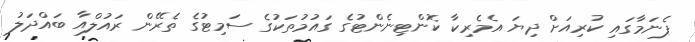
ޕެނަމާގައި ކުރިއަށް ދިޔަ އެމެރިކާ ކޮންޓިނެންޓުގެ ގައުމުތަކުގެ ސަމިޓުގެ ތެރޭން ރައުލްއާ ބައްދަލު